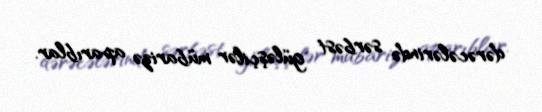
dərəcələrində sərbəst güləşçilər mübarizə aparıblar.